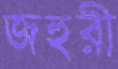
জহুরী